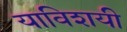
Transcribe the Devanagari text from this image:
याविशयी